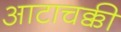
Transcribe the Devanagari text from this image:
आटाचक्की